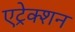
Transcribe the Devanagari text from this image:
एट्रेक्शन